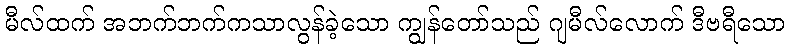
မီလ်ထက် အဘက်ဘက်ကသာလွန်ခဲ့သော ကျွန်တော်သည် ဂျမီလ်လောက် ဒီဗရီသော